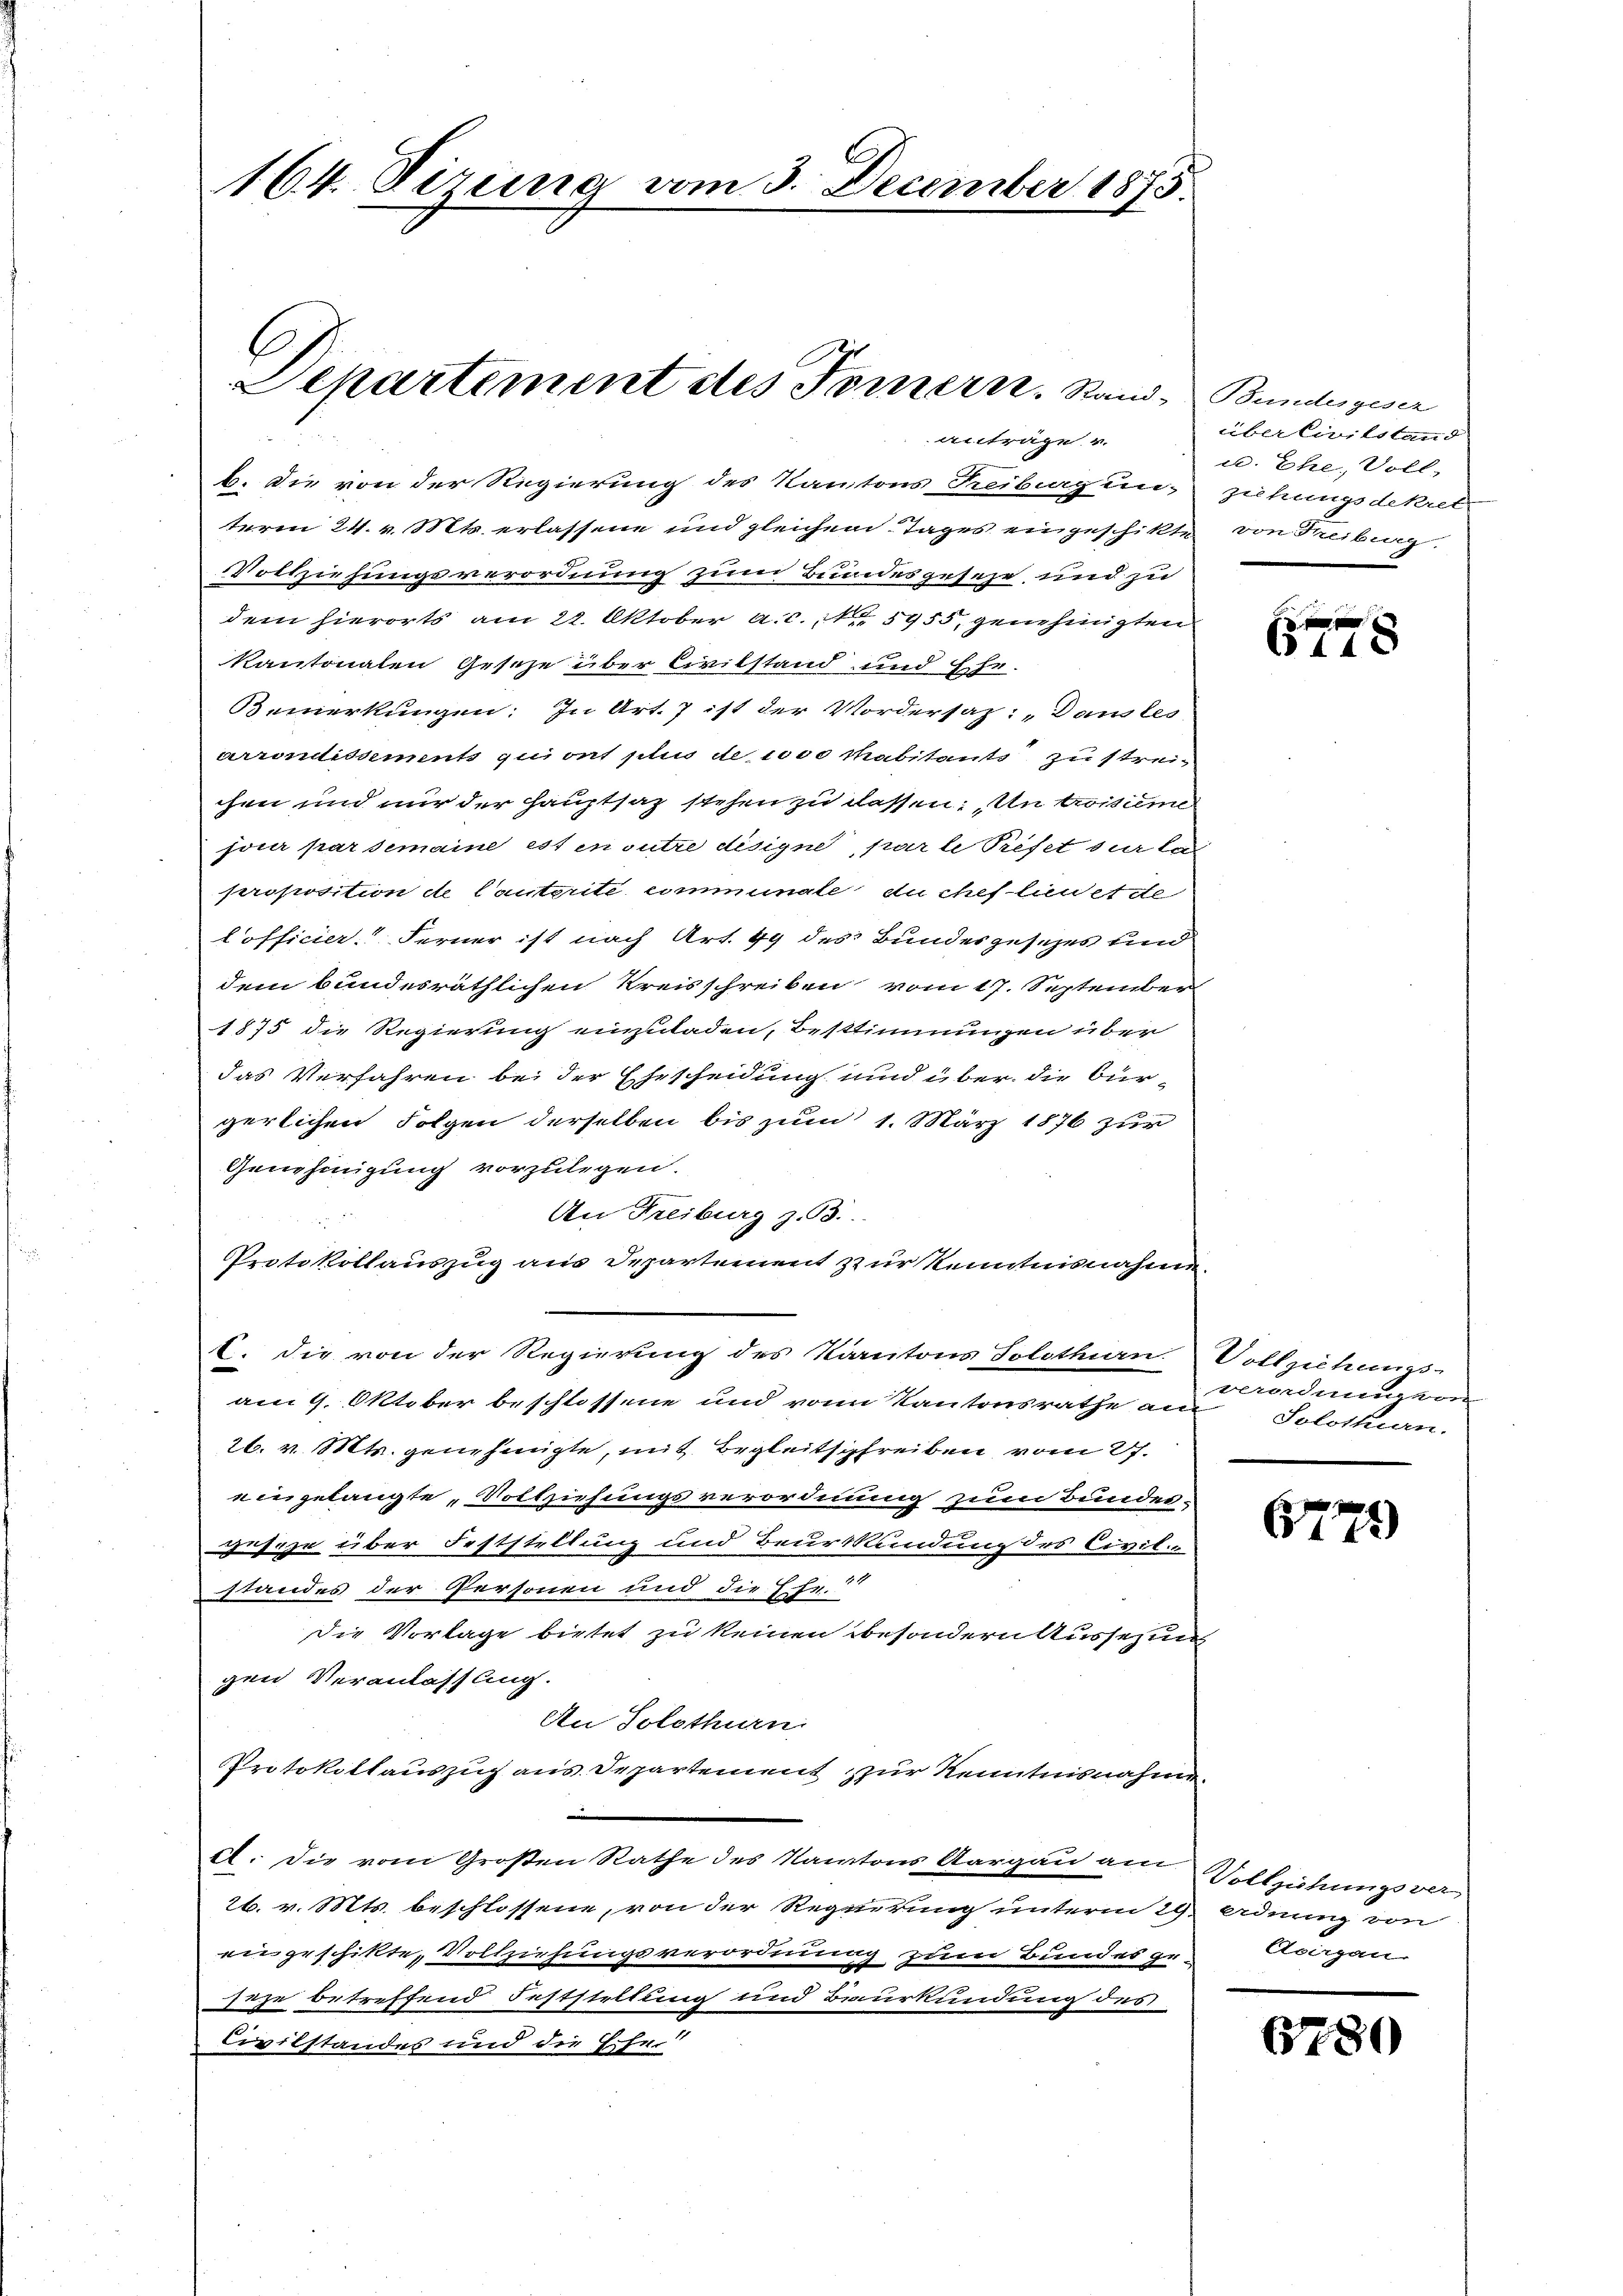
164. Sirung vom 3. December 1875.

Departement des Fornern. Stand Bundesgeser

anträge u.
b. Die von der Regierung des Kantons Freiburgung ziehungsdekret-
term 24. v. Mts. erlassene und gleichem Tages eingeschikte von Freiburg.
Vollziehungsverordnung zum Bundesgeseze und zu
dem hierorts am 28. Oktober a.c. No 5955, genehmigten
kantonalen Geseze über Civilstand und Ehr-
Bemerkungen: In Art. 7 ist der Vordersaz: „Dans les
arrondissements qui ont plus de wo Mabitants zu streichen und nur der Hauptsaz stehen zu dassen. Un troisieme
jour par semaine est in outre disigne, par le Préfet sur la
proposition de Cautorité comminale du chef lieu et de
lofficier.“ Ferner ist nach Art. 49 des Bundesgesezes und
dem bundesräthlichen Kreisschreiben vom 17. September
1875 die Regierung einzuladen, bestimmungen über
das Verfahren bei der Ehescheidung und über die Bürgerlichen Folgen derselben bis zum 1. März 1876 zur
Genehmigung vorzulegen.
e
An Freiburg z. B.
Protokollauszug aus Departement zur Kenntnisnahme
E. Die von der Regierung des Kantons Solothurn. Vollziehungs-
am 9. Oktober beschlossene und von Kantonsrathe am Solothurn.
26. v. Mts. genehmigte, mit Begleitschreiben vom 27.
engelangte Vollziehungsverordnung zum Bundes-
gesage über Feststellung und Beurkundung des Civil-
standes der Personen und die Fr.
die Vorlage bietet zu keinen besondern Aussetzun
gen Veranlassung.
An Solothurn
Protokollauszug aus Departement zur Kenntnisnahme.
i
d. Die vom Großen Rathe des Kantons Aargau am Vollziehungsver
26. v. Mts. beschlossene, von der Regierung unterm 29. Adung von
eingeschikte, Vollziehungsverordnung zum Bundes ge-Avirgan-
sage betreffend Feststellung und Beurkundung des
Civilstandes und die Eifer

über Civilstand
u. Ehe, Soll,

611

verordnungen

6779

6780